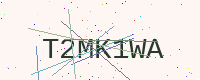
Text: T2MK1WA